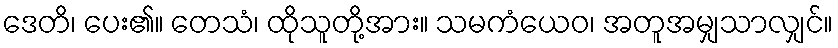
ဒေတိ၊ ပေး၏။ တေသံ၊ ထိုသူတို့အား။ သမကံယေဝ၊ အတူအမျှသာလျှင်။